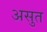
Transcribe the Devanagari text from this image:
असुत